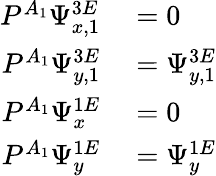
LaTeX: \begin{array}{r}{\begin{array}{rl}{P^{A_{1}}\Psi_{x,1}^{3E}}&{{}=0}\\ {P^{A_{1}}\Psi_{y,1}^{3E}}&{{}=\Psi_{y,1}^{3E}}\\ {P^{A_{1}}\Psi_{x}^{1E}}&{{}=0}\\ {P^{A_{1}}\Psi_{y}^{1E}}&{{}=\Psi_{y}^{1E}}\end{array}}\end{array}